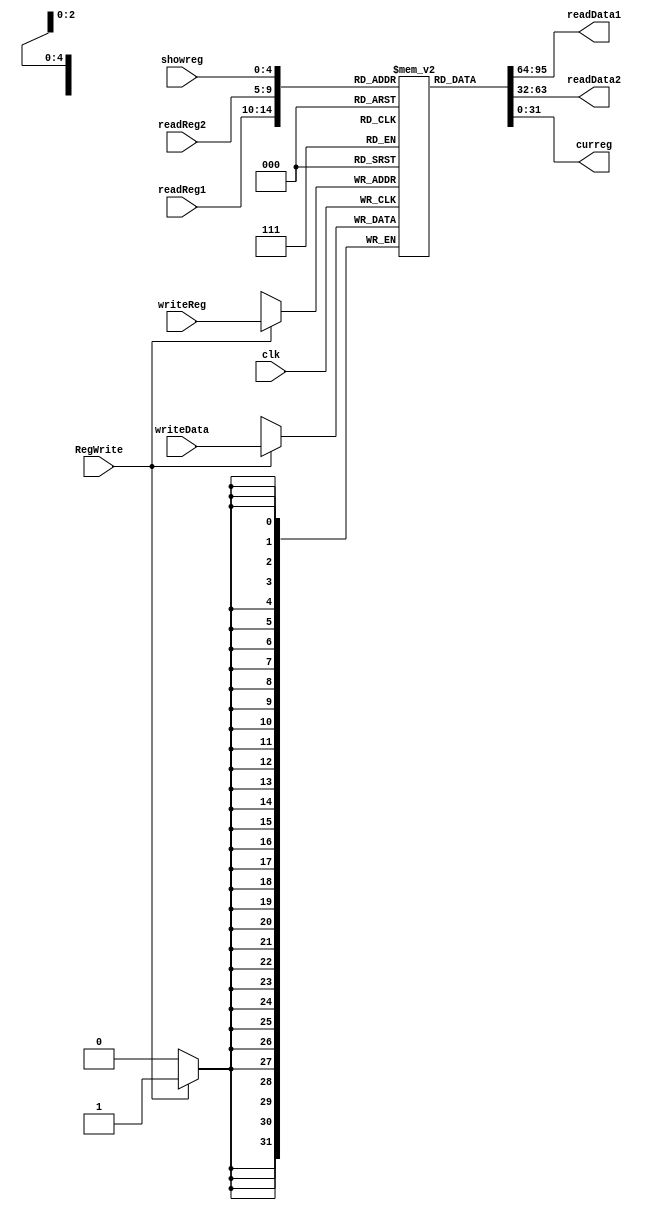
`timescale 1ns / 1ps
//////////////////////////////////////////////////////////////////////////////////
// Company: 
// Engineer: 
// 
// Design Name: 
// Module Name:    REG 
// Project Name: 
// Target Devices: 
// Tool versions: 
// Description: 
//
// Dependencies: 
//
// Revision: 
// Revision 0.01 - File Created
// Additional Comments: 
//
//////////////////////////////////////////////////////////////////////////////////
module REG(readReg1, readReg2, writeReg, writeData, readData1, readData2, RegWrite, clk,showreg,curreg);
input RegWrite, clk;
input [31:0] writeData;
input [4:0] readReg1;
input [4:0] readReg2;
input [4:0] writeReg;
output [31:0] readData1;
output [31:0] readData2;
input [4:0] showreg;
output [31:0]curreg;
reg [31:0] Reg[0:31];
integer i;
initial begin
for (i=0;i<32;i=i+1)
begin
Reg[i]=32'b0;
end
end
always @(negedge clk)
begin
if (RegWrite==1'b1)
Reg[writeReg]<=writeData;
end
assign readData1=Reg[readReg1];
assign readData2=Reg[readReg2];
assign curreg=Reg[showreg];
endmodule